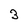
Character: 3